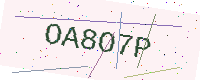
Text: OA8O7P